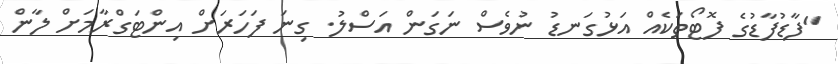
"ފާޑުފާޑުގެ ފޮޓޯތަކެއް އަޅުގަނޑު ނުވެސް ނަގަން އަސްލު. ގިނަ ފަހަރަށް އިންޓަގްރާމަށް ލާން